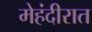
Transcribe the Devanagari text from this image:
मेहंदीरात